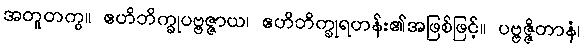
အတူတကွ။ ဧဟိဘိက္ခုပဗ္ဗဇ္ဇာယ၊ ဧဟိဘိက္ခုရဟန်း၏အဖြစ်ဖြင့်။ ပဗ္ဗဇ္ဇိတာနံ၊